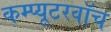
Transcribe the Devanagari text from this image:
कम्प्यूटरवॉच